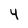
Character: 4